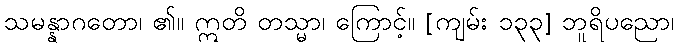
သမန္နာဂတော၊ ၏။ ဣတိ တသ္မာ၊ ကြောင့်။ [ကျမ်း ၁၃၃] ဘူရိပညော၊